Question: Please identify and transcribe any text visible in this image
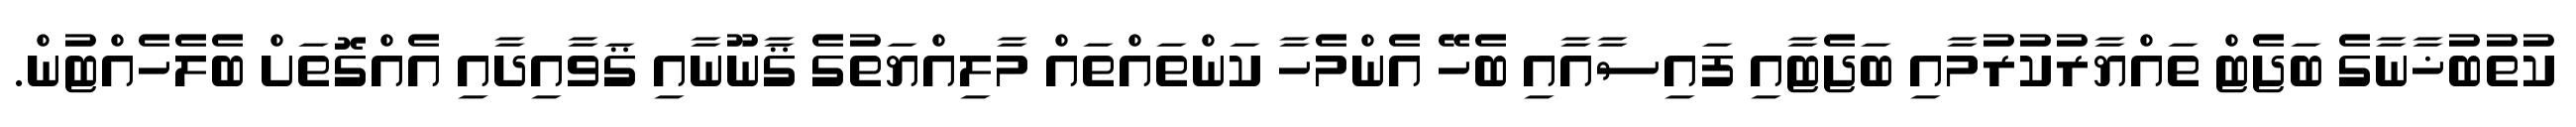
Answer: ކުތުބުޚާނާގެ ބަޖެޓް ތައްޔާރުކުރުމާއި ބަޖެޓާއި ފައިސާއާއި ބެހޭ އެންމެހާ ކަންތައްތައް މާލިއްޔަތުގެ ޤާނޫނާއި ޤަވާއިދާއި އެއްގޮތަށް ބެލެހެއްޓުން.